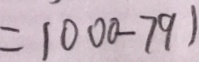
= 1 0 0 0 - 7 9 1